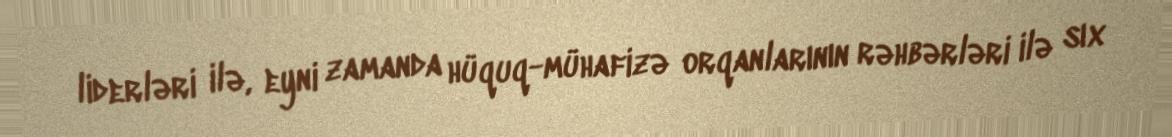
liderləri ilə, eyni zamanda hüquq-mühafizə orqanlarının rəhbərləri ilə sıx